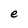
Character: e